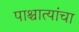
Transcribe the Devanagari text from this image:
पाश्चात्यांचा